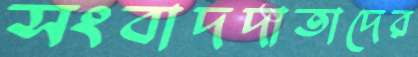
সংবাদদাতাদের